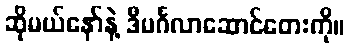
ဆိုမယ်နော်နဲ့ ဒီမင်္ဂလာဆောင်တေးကို။